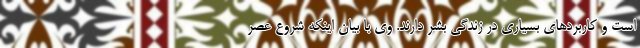
است و کاربردهای بسیاری در زندگی بشر دارند. وی با بیان اینکه شروع عصر